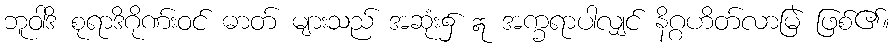
ဘူဝါဒိ စုရာဒိဂိုဏ်းဝင် ဓာတ် များသည် အဆုံး၌ ဣ အက္ခရာပါလျှင် နိဂ္ဂဟိတ်လာမြဲ ဖြစ်၏။